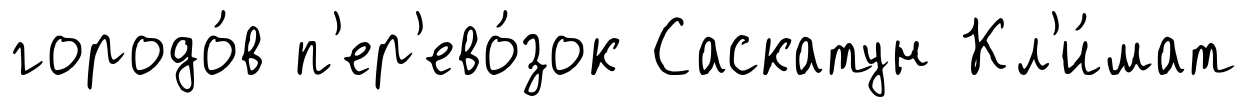
городо́в п'ер'ево́зок Саскатун Кл'и́мат